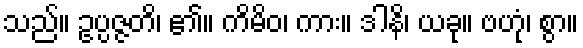
သည်။ ဥပ္ပဇ္ဇတိ၊ ၏။ ကိမိဝ၊ ကား။ ဒါနိ၊ ယခု။ ဗဟုံ၊ စွာ။